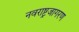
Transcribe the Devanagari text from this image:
नवराष्ट्रजागरण